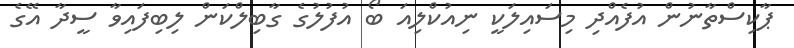
ޕާކިސްތާނުން އުފެއްދި މިސައިލަކީ ނިއުކްލިއަ ބޯ އުފުލުގެ ގާބިލްކަން ލިބިފައިވާ ސީދާ އޭގެ